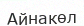
Айнакөл